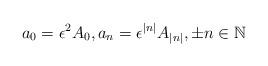
LaTeX: \begin{align*}a_0 = \epsilon^2 A_0, a_n = \epsilon^{|n|} A_{|n|}, \pm n \in \mathbb{N}\end{align*}